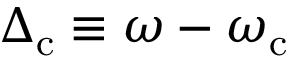
\Delta _ { \mathrm { c } } \equiv \omega - \omega _ { \mathrm { c } }